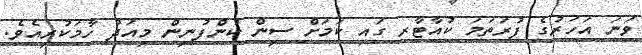
ވަނަ އަހަރުގެ ފުރަތަމަ ކުއާޓާރ ގައި ކަމަށް ސިން ކުންފުނިން މިއަދު ހާމަކުރިއެވެ.